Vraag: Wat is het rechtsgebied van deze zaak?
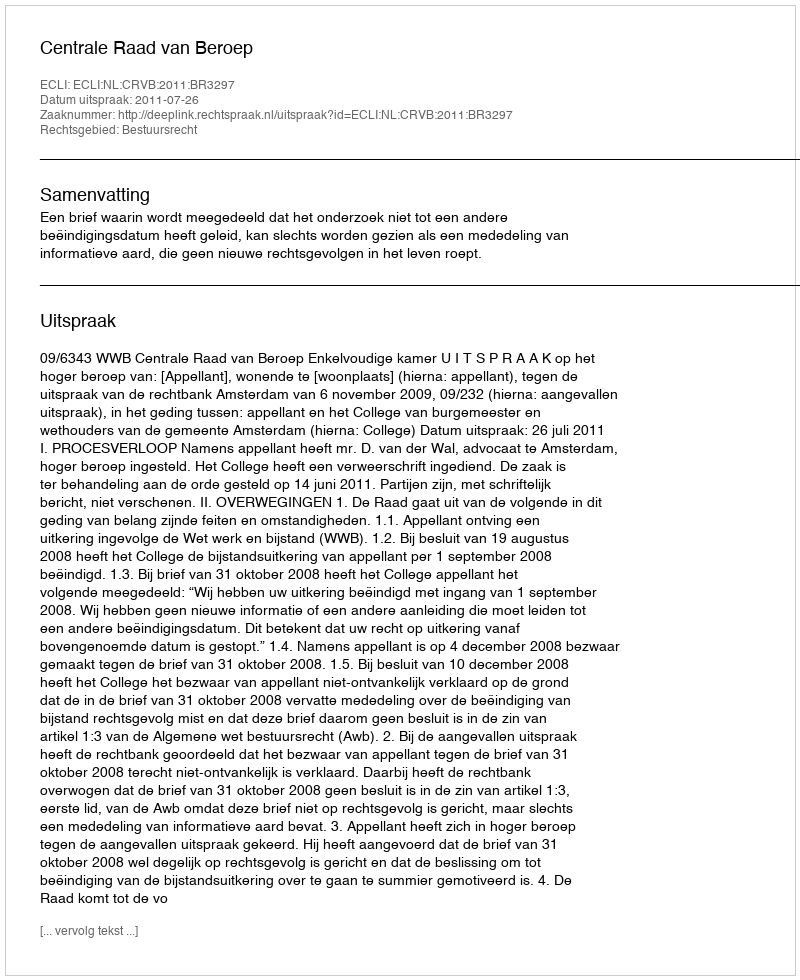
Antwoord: Bestuursrecht